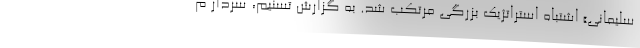
سلیمانی» اشتباه استراتژیک بزرگی مرتکب شد. به گزارش تسنیم، سردار م